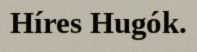
Híres Hugók.